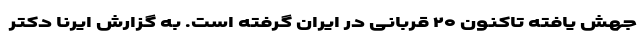
جهش یافته تاکنون ۲۰ قربانی در ایران گرفته است. به گزارش ایرنا دکتر